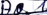
Text: A0.1